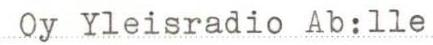
Oy Yleisradio Ab:lle